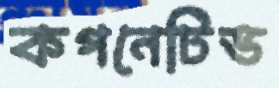
কগনেটিভ